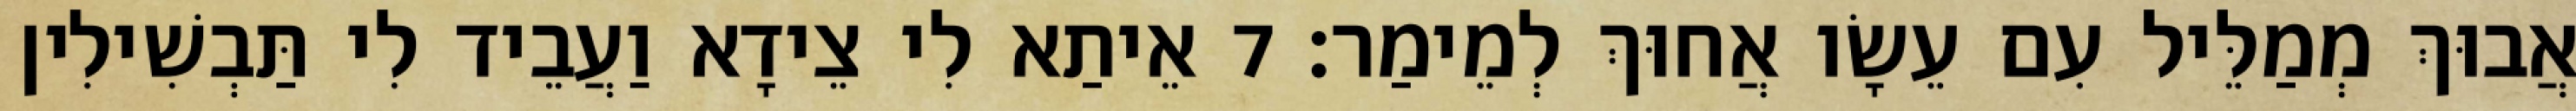
אֲבוּךְ מְמַלֵּיל עִם עֵשָׂו אֲחוּךְ לְמֵימַר׃ 7 אֵיתַא לִי צֵידָא וַעֲבֵיד לִי תַּבְשִׁילִין